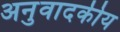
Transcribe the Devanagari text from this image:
अनुवादकीय